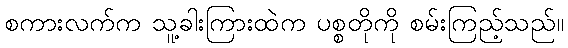
စကားလက်က သူ့ခါးကြားထဲက ပစ္စတိုကို စမ်းကြည့်သည်။